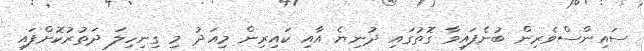
ސައިންސްވެރިން ބުނެފައިވާ ގޮތުގައި ދުނިޔެ އާއި ކައިރިން މިއަދު މި ގިނިހިލަ ދަތުރުކޮށްފައި